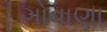
ગોવાણા